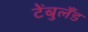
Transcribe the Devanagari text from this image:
टेंबुलँड